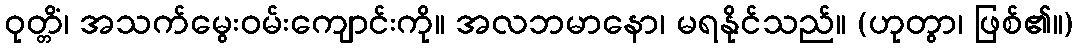
ဝုတ္တိံ၊ အသက်မွေးဝမ်းကျောင်းကို။ အလဘမာနော၊ မရနိုင်သည်။ (ဟုတွာ၊ ဖြစ်၏။)